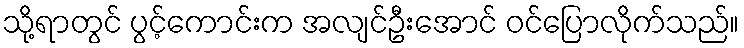
သို့ရာတွင် ပွင့်ကောင်းက အလျင်ဦးအောင် ဝင်ပြောလိုက်သည်။